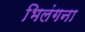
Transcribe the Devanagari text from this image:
भिलंगना